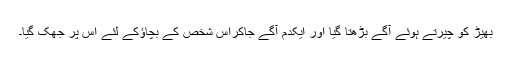
بھیڑ کو چیرتے ہوئے آگے بڑھتا گیا اور ایکدم آگے جاکراس شخص کے بچاؤکے لئے اس پر جھک گیا۔